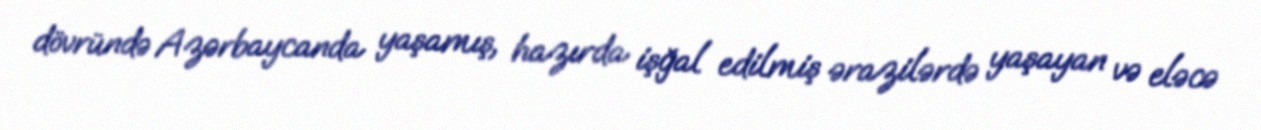
dövründə Azərbaycanda yaşamış, hazırda işğal edilmiş ərazilərdə yaşayan və eləcə